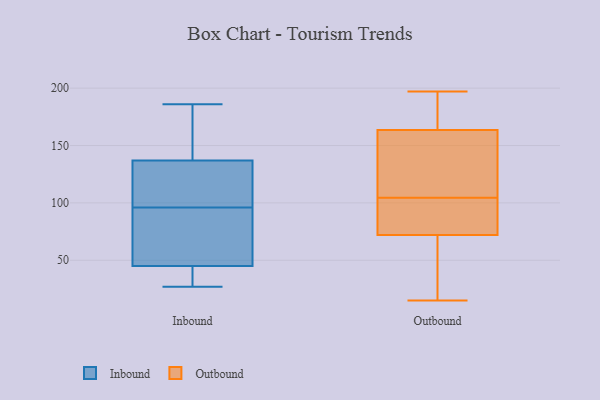
{"axis": {"x": "Shipments", "y": "Value"}, "legend": ["Inbound", "Outbound"], "data": [{"x": "", "y": 89, "type": "Inbound"}, {"x": "", "y": 184, "type": "Inbound"}, {"x": "", "y": 125, "type": "Inbound"}, {"x": "", "y": 30, "type": "Inbound"}, {"x": "", "y": 186, "type": "Inbound"}, {"x": "", "y": 137, "type": "Inbound"}, {"x": "", "y": 95, "type": "Inbound"}, {"x": "", "y": 97, "type": "Inbound"}, {"x": "", "y": 44, "type": "Inbound"}, {"x": "", "y": 162, "type": "Inbound"}, {"x": "", "y": 76, "type": "Inbound"}, {"x": "", "y": 45, "type": "Inbound"}, {"x": "", "y": 113, "type": "Inbound"}, {"x": "", "y": 27, "type": "Inbound"}, {"x": "", "y": 197, "type": "Outbound"}, {"x": "", "y": 42, "type": "Outbound"}, {"x": "", "y": 68, "type": "Outbound"}, {"x": "", "y": 88, "type": "Outbound"}, {"x": "", "y": 80, "type": "Outbound"}, {"x": "", "y": 19, "type": "Outbound"}, {"x": "", "y": 171, "type": "Outbound"}, {"x": "", "y": 157, "type": "Outbound"}, {"x": "", "y": 120, "type": "Outbound"}, {"x": "", "y": 76, "type": "Outbound"}, {"x": "", "y": 141, "type": "Outbound"}, {"x": "", "y": 197, "type": "Outbound"}, {"x": "", "y": 103, "type": "Outbound"}, {"x": "", "y": 55, "type": "Outbound"}, {"x": "", "y": 170, "type": "Outbound"}, {"x": "", "y": 117, "type": "Outbound"}, {"x": "", "y": 189, "type": "Outbound"}, {"x": "", "y": 15, "type": "Outbound"}, {"x": "", "y": 80, "type": "Outbound"}, {"x": "", "y": 106, "type": "Outbound"}]}